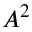
A ^ { 2 }